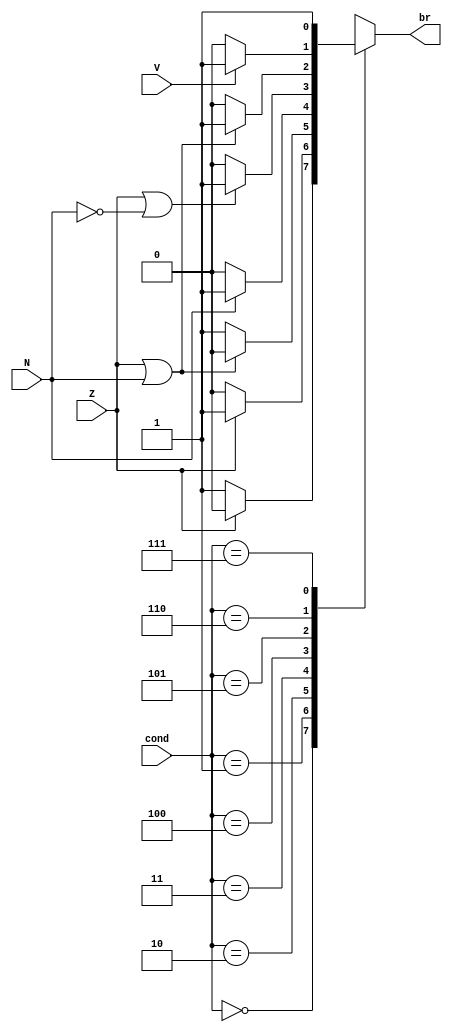
module branch(cond, N,V,Z ,br);
input N,Z,V;
input [2:0] cond;
output reg br;

localparam NEQ			= 3'b000;
localparam EQ			= 3'b001;
localparam GT			= 3'b010;
localparam LT			= 3'b011;
localparam GTE			= 3'b100;
localparam LTE			= 3'b101;
localparam OVERFLOW		= 3'b110;
localparam UNCOND		= 3'b111;



always @(*) begin
	case (cond)
		NEQ : br = ~Z ? 1'b1 : 1'b0;
		EQ : br = Z ? 1'b1 : 1'b0;
		GT : br = ~(Z | N) ? 1'b1 : 1'b0;
		LT : br = N ? 1'b1 : 1'b0;
		GTE : br = (Z | ~N) ? 1'b1 : 1'b0;
		LTE : br = (N | Z) ? 1'b1 : 1'b0;
		OVERFLOW : br = V ? 1'b1 : 1'b0;
		UNCOND : br = 1'b1;
		default :br = 1'b0;
	endcase
end















endmodule